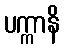
ပက္ကာနိ